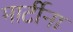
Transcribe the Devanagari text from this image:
मार्टीना